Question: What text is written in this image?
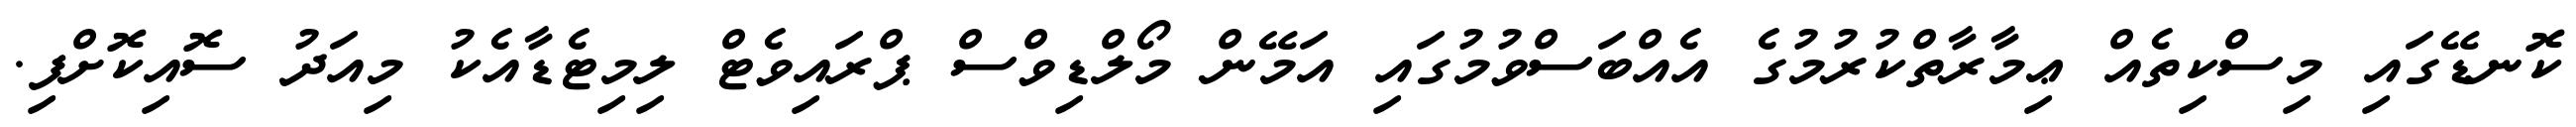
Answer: ކޮނޑޭގައި މިސްކިތެއް ޢިމާރާތްކުރުމުގެ އެއްބަސްވުމުގައި އަމޭން މޯލްޑިވްސް ޕްރައިވެޓް ލިމިޓެޑާއެކު މިއަދު ސޮއިކޮށްފި.